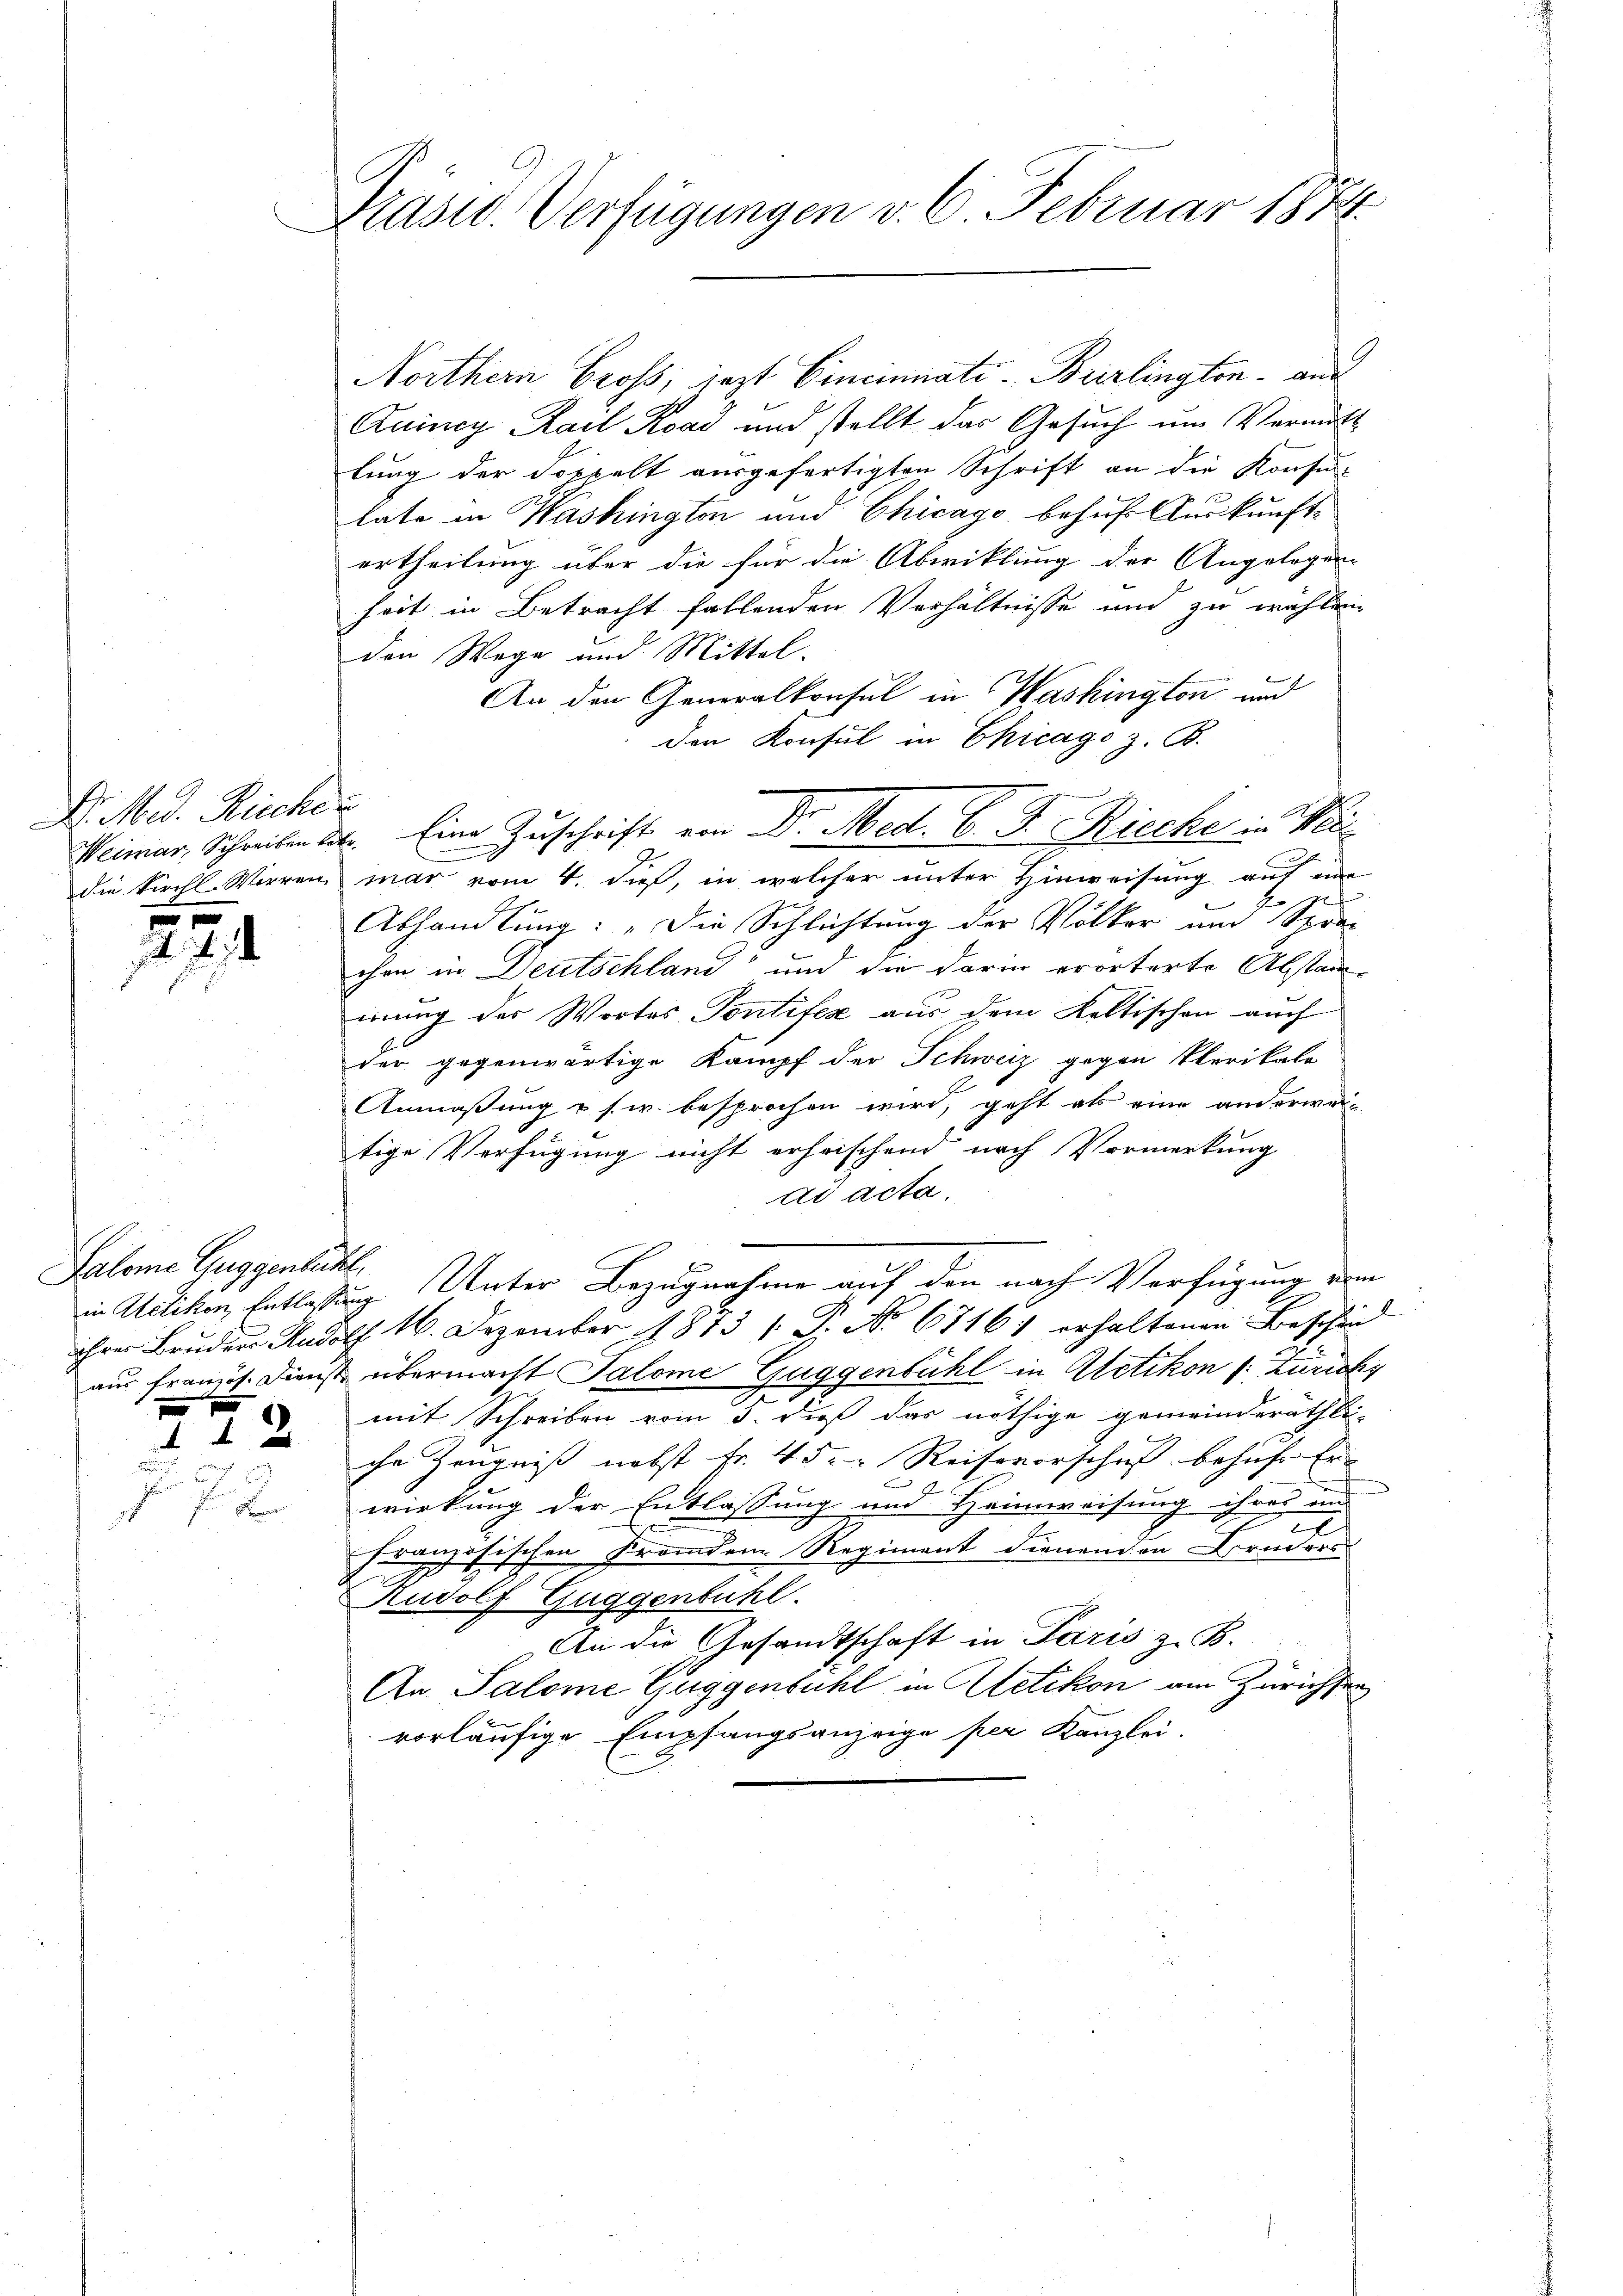
Dr. Med. Richer

x
 74

Salome Guggenlicht,
n

12
.
dng

Präsid. Verfügungen v. 6. Februar 1874.

Northern Gross, jezt Cincinnate Burlington and
Quincy Karl Road und stellt das Gesuch um Vermitt
lung der Doppelt ausgefertigten Schrift an die Konsu-
late in Washington und Chicago behufs Auskunftertheilung über die für die Abwicklung der Angelegung
heit in Betracht fallenden Verhältnisse und zu wählen
den Wege und Mittel.
An den Generalkonsul in Washington und
den Konsul in Chicago z. B.
Weimar, Schreiben des Eine Zuschrift von Dr. Med. 6. J. Riecke in Wei
e
die Kirchl. Wirren mar vom 4. dieß, in welcher unter Hinweisung auf eine
u
J
t
Abhandlung: „Die Schlichtung der Völker und Spra-
chon in Deutschland und die darin erörterte Abstan-
iung der Wortes Pontifer aus dem Keltischen auch
der gegenwärtige Kampf der Schweiz gegen Plerikale
Anmaßung u. s. w. besprochen wird, geht als eine anderwei-
tige Verfügung nicht erheischend nach Vormerkung
di acta.
in Adlikon, Entlassung Unter Bezugnahme auf den nach Verfügung von
ihrer Bruder Rudolf 16. Dezember 1813 1 Fr. No 67161 erhaltenen Beschin
aus französ. Dienst übermacht Salome Guggenbühl in Uetikon (: Zürichy
mit Schreiben vom 3. dieß das nöthige gemeinderäthli-
ihr Zeugniß nebst Fr. 45. Reisevorschaft behufs Er- |
e
wirkung der Entlassung und Heimweisung ihres und
x
französischen Fremden Regiment dienenden Bruders
Rudolf Guggenbühl.
An die Gesandtschaft in Paris z. B.
An Salome Guggenbühl in Uetikon am Zürichsten
vorläufige Empfangsanzeige per Kanzlei.